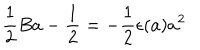
{ \frac { 1 } { 2 } } B a - { \frac { 1 } { 2 } } = - { \frac { 1 } { 2 } } \epsilon ( a ) a ^ { 2 }